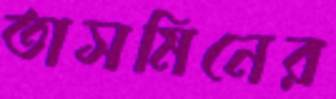
তাসমিনের